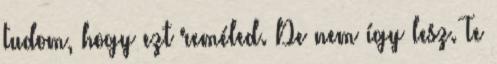
tudom, hogy ezt reméled. De nem így lesz. Te